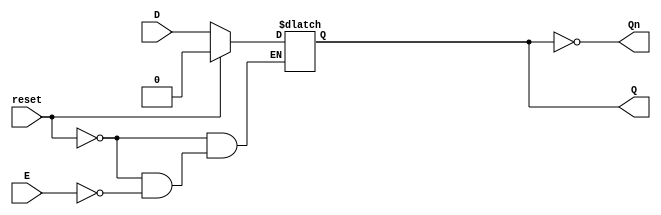
module LatchRegister (
    input wire D,        // Data Input
    input wire E,        // Enable Signal
    input wire reset,    // Reset Signal (optional)
    output reg Q,        // Output Q
    output wire Qn       // Complement of Q
);

// Complement of Q
assign Qn = ~Q;

// Always block for level-sensitive behavior
always @(*) begin
    if (reset) begin
        Q = 1'b0;      // Initialize Q to 0 on reset
    end else if (E) begin
        Q = D;         // Store D in Q when E is high
    end
    // If E is low, Q retains its previous value (implicit behavior)
end

endmodule